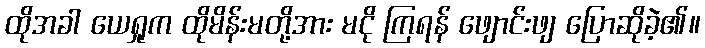
ထိုအခါ ယေရှုက ထိုမိန်းမတို့အား မငို ကြရန် ဖျောင်းဖျ ပြောဆိုခဲ့၏။